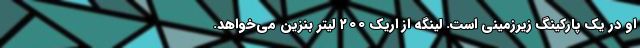
او در یک پارکینگ زیرزمینی است. لینگه از اریک ۲۰۰ لیتر بنزین می‌خواهد.